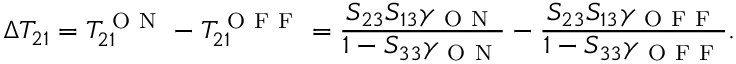
\Delta T _ { 2 1 } = T _ { 2 1 } ^ { \mathrm { ~ O ~ N ~ } } - T _ { 2 1 } ^ { \mathrm { ~ O ~ F ~ F ~ } } = \frac { S _ { 2 3 } S _ { 1 3 } \gamma _ { \mathrm { ~ O ~ N ~ } } } { 1 - S _ { 3 3 } \gamma _ { \mathrm { ~ O ~ N ~ } } } - \frac { S _ { 2 3 } S _ { 1 3 } \gamma _ { \mathrm { ~ O ~ F ~ F ~ } } } { 1 - S _ { 3 3 } \gamma _ { \mathrm { ~ O ~ F ~ F ~ } } } .